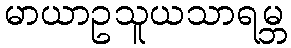
မာယာဥသူယသာရမ္ဘ